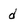
Character: d